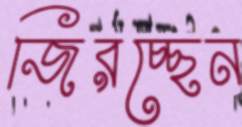
জিরচ্ছেন